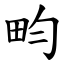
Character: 畇